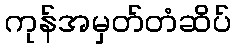
ကုန်အမှတ်တံဆိပ်